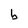
Character: b